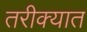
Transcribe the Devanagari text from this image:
तरीक्यात